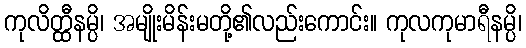
ကုလိတ္ထီနမ္ပိ၊ အမျိုးမိန်းမတို့၏လည်းကောင်း။ ကုလကုမာရီနမ္ပိ၊